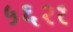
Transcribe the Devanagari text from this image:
५६२१